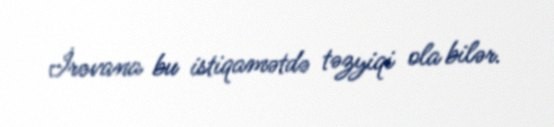
İrəvana bu istiqamətdə təzyiqi ola bilər.